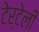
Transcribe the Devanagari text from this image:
टेर्टेली